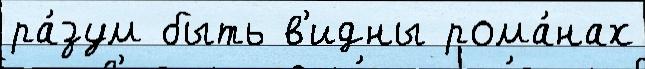
ра́зум быть в'идны рома́нах